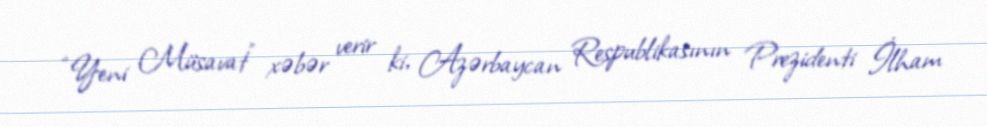
“Yeni Müsavat” xəbər verir ki, Azərbaycan Respublikasının Prezidenti İlham